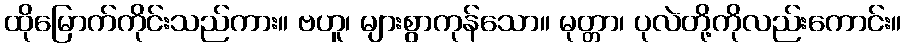
ထိုမြောက်ကိုင်းသည်ကား။ ဗဟူ၊ များစွာကုန်သော။ မုတ္တာ၊ ပုလဲတို့ကိုလည်းကောင်း။